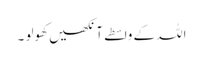
اللہ کے واسطے آنکھیں کھولو ۔